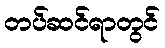
တပ်ဆင်ရာတွင်